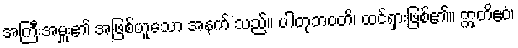
အကြီးအမှူး၏ အဖြစ်ဟူသော အနက် သည်။ ပါတုဘဝတိ၊ ထင်ရှားဖြစ်၏။ ဣတိဧဝံ၊